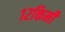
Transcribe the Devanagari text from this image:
१२किमी